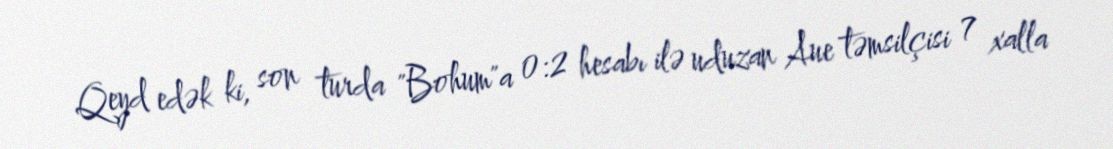
Qeyd edək ki, son turda "Bohum"a 0:2 hesabı ilə uduzan Aue təmsilçisi 7 xalla